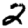
Digit: 2